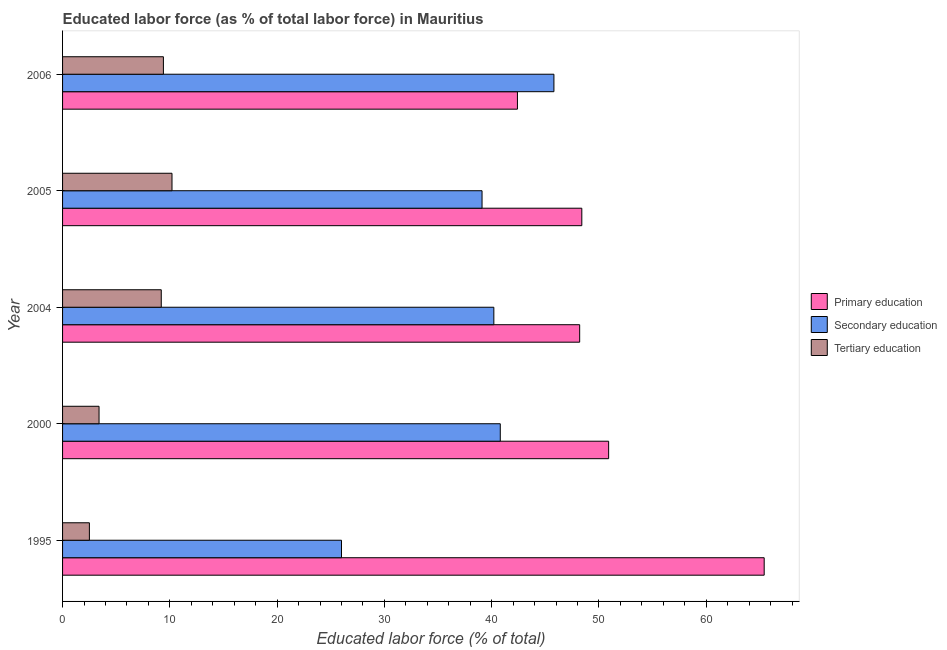
| Year | Primary education | Secondary education | Tertiary education |
 | --- | --- | --- | --- |
 | 1995 | 65.4 | 26 | 2.5 |
 | 2000 | 50.9 | 40.8 | 3.4 |
 | 2004 | 48.2 | 40.2 | 9.2 |
 | 2005 | 48.4 | 39.1 | 10.2 |
 | 2006 | 42.4 | 45.8 | 9.4 |